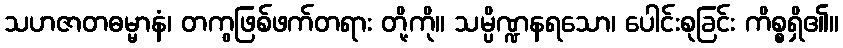
သဟဇာတဓမ္မာနံ၊ တကွဖြစ်ဖက်တရား တို့ကို။ သမ္ပိဏ္ဍနရသော၊ ပေါင်းစုခြင်း ကိစ္စရှိ၏။